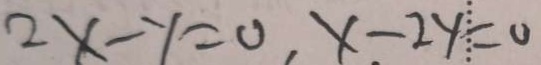
2 x - y = 0 , x - 2 y = 0